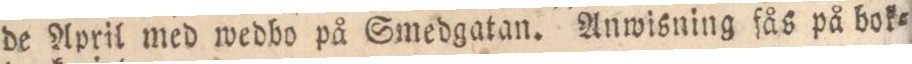
de April med wedbo på Smedgatan. Anwisning fås på bok=